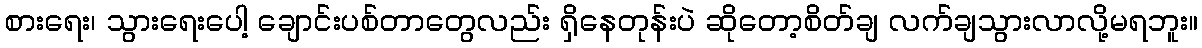
စားရေး၊ သွားရေးပေါ့ ချောင်းပစ်တာတွေလည်း ရှိနေတုန်းပဲ ဆိုတော့စိတ်ချ လက်ချသွားလာလို့မရဘူး။